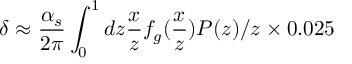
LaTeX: \delta \approx \frac { \alpha _ { s } } { 2 \pi } \int _ { 0 } ^ { 1 } d z \frac { x } { z } f _ { g } ( \frac { x } { z } ) P ( z ) / z \times 0 . 0 2 5